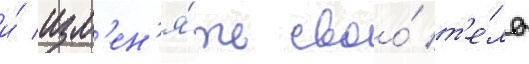
и́ изм'ен'я́ть своо́ т'е́ло